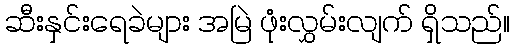
ဆီးနှင်းရေခဲများ အမြဲ ဖုံးလွှမ်းလျက် ရှိသည်။